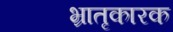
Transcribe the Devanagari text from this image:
भ्रातृकारक